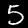
Label: 5